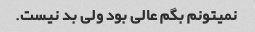
نمیتونم بگم عالی بود ولی بد نیست.